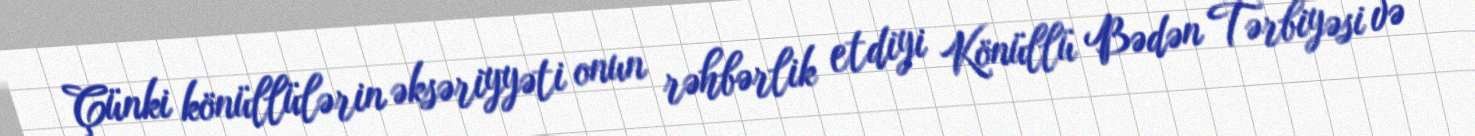
Çünki könüllülərin əksəriyyəti onun rəhbərlik etdiyi Könüllü Bədən Tərbiyəsi və